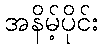
အနိမ့်ပိုင်း